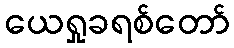
ယေရှုခရစ်တော်